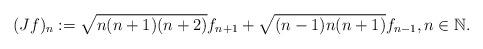
LaTeX: \begin{align*}(J f)_n := \sqrt{n(n+1)(n+2)} f_{n+1} + \sqrt{(n-1) n (n+1)} f_{n-1}, n \in \mathbb{N}.\end{align*}